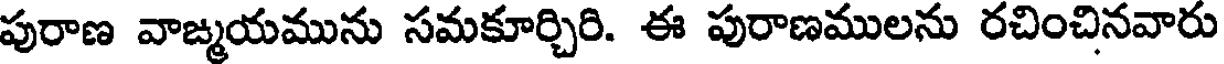
పురాణ వాఙ్మయమును సమకూర్చిరి. ఈ పురాణములను రచించినవారు